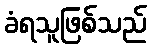
ခံရသူဖြစ်သည်